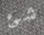
شئ